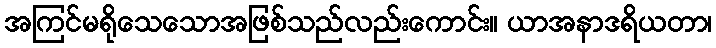
အကြင်မရိုသေသောအဖြစ်သည်လည်းကောင်း။ ယာအနာဒရိယတာ၊